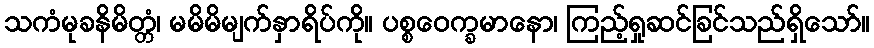
သကံမုခနိမိတ္တံ၊ မမိမိမျက်နှာရိပ်ကို။ ပစ္စဝေက္ခမာနော၊ ကြည့်ရှုဆင်ခြင်သည်ရှိသော်။